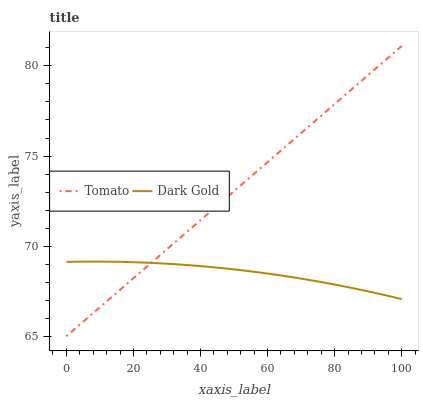
| xaxis_label | Tomato | Dark Gold |
 | --- | --- | --- |
 | 0 | 65 | 69.1 |
 | 5.26 | 65.8 | 69.1 |
 | 10.5 | 66.7 | 69.1 |
 | 15.8 | 67.5 | 69.1 |
 | 21.1 | 68.4 | 69.1 |
 | 26.3 | 69.2 | 69.1 |
 | 31.6 | 70.1 | 69 |
 | 36.8 | 70.9 | 68.9 |
 | 42.1 | 71.8 | 68.9 |
 | 47.4 | 72.6 | 68.8 |
 | 52.6 | 73.5 | 68.7 |
 | 57.9 | 74.3 | 68.5 |
 | 63.2 | 75.2 | 68.4 |
 | 68.4 | 76 | 68.2 |
 | 73.7 | 76.9 | 68.1 |
 | 78.9 | 77.7 | 67.9 |
 | 84.2 | 78.6 | 67.7 |
 | 89.5 | 79.4 | 67.5 |
 | 94.7 | 80.3 | 67.3 |
 | 100 | 81.1 | 67.1 |